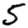
Digit: 5